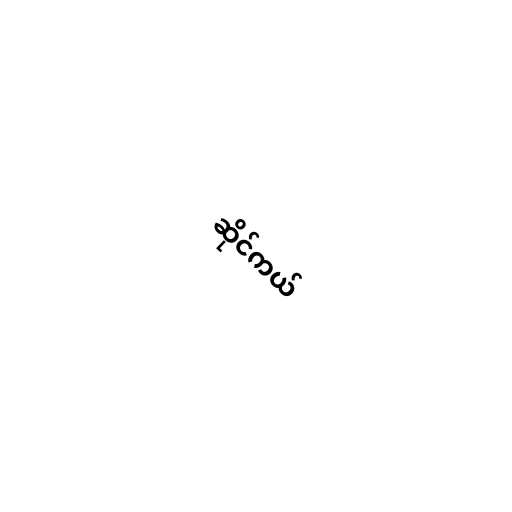
ဆိုင်ကယ်